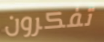
تفكرون